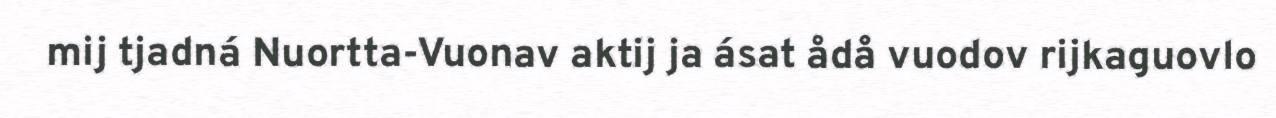
mij tjadná Nuortta-Vuonav aktij ja ásat ådå vuodov rijkaguovlo